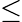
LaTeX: \le